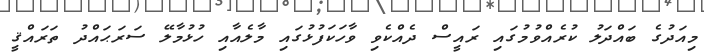
މިއަދުގެ ބައްދަލު ކުރެއްވުމުގައި ރައީސް ދެއްކެވި ވާހަކަފުޅުގައި މާލެއާއި ހުޅުމާލޭ ސަރަޙައްދު ތަރައްޤީ